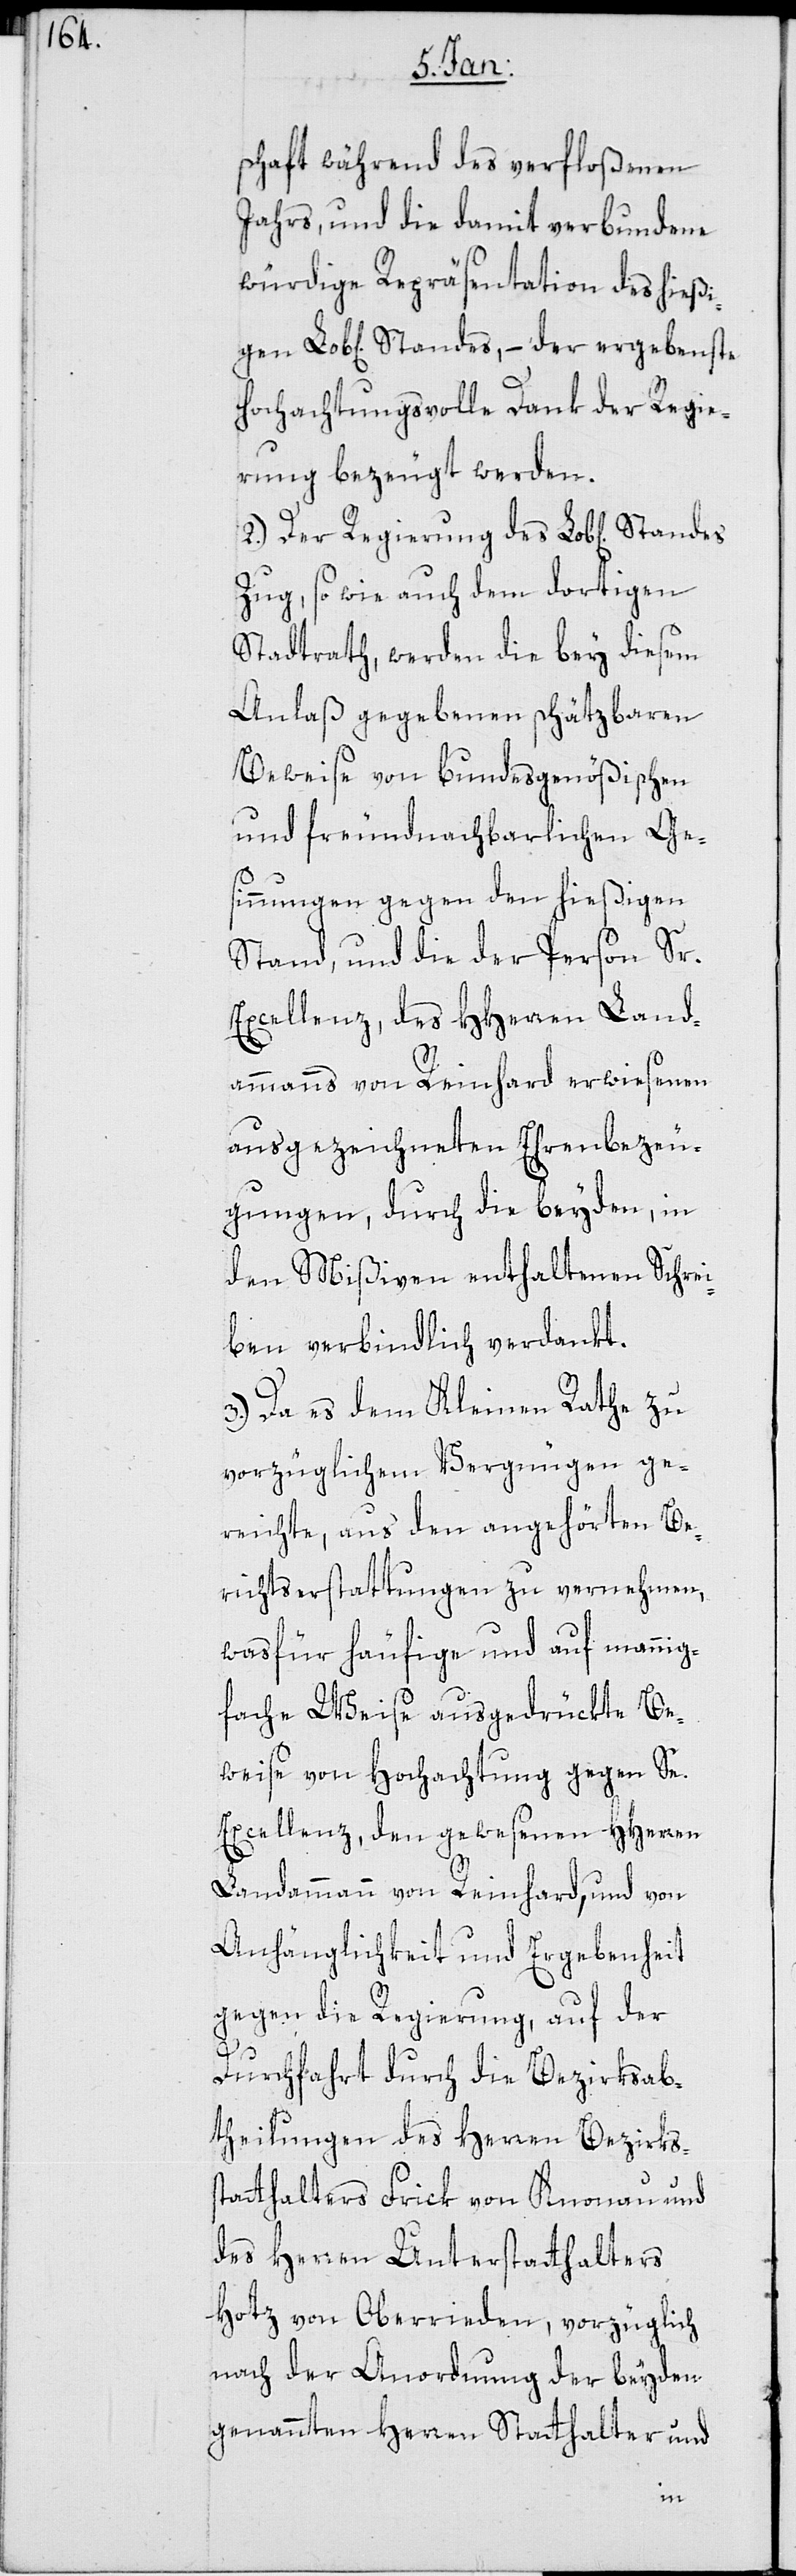
schaft während des verfloßenen
Jahrs, und die damit verbundene
würdige Repräsentation des hießi¬
Hochachtungsvolle Dank der Regie¬
rung bezeugt werden.
2.) Der Regierung des Lob[lichen]
Zug, sowie auch dem dortigen
Stadtrath, werden die bey diesem
Anlaß gegebenen schätzbaren
Beweise von bundesgenößischen
und freundnachbarlichen Ges¬
innungen gegen den hießigen
Stand, und die der Person Sr.
Excellenz des HHerren Land¬
ammanns von Reinhard erwiesenen
ausgezeichneten Ehrenbezeu¬
gungen, durch die beyden, in
den Mißiven enthaltenen Schrei¬
ben verbindlich verdankt.
3.) Da es dem Kleinen Rathe zu
vorzüglichem Vergnügen ge¬
reichte, aus den angehörten Be¬
richtserstattungen zu vernehmen,
was für häufige und auf mannig¬
fache Weise ausgedrückte Be¬
weise von Hochachtung gegen Se.
Excellenz, den gewesenen HHerren
Landammann von Reinhard, und von
Anhänglichkeit und Ergebenheit
gegen die Regierung, auf der
Durchfahrt durch die Bezirksab¬
theilungen des Herren Bezirkss¬
tatthalters Frik von Knonau und
des Herren Unterstatthalters
Hotz von Oberrieden, vorzüglich
nach der Anordnung der beyden
genannten Herren Statthalter und
gen